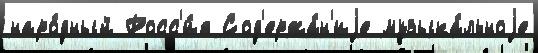
наро́дный Росс'и́я Сод'ержа́н'иjе музыка́льноjе